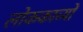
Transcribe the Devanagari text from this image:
लोककाव्यों